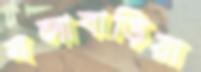
বলাবাড়িয়া